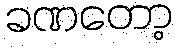
ခဏတော့